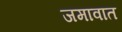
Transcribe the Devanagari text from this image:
जमावात